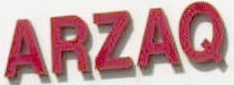
ARZAQ